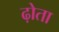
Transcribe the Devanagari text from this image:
ढ़ोता